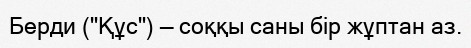
Берди ("Құс") — соққы саны бір жұптан аз.